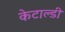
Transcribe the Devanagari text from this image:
केटाल्डी